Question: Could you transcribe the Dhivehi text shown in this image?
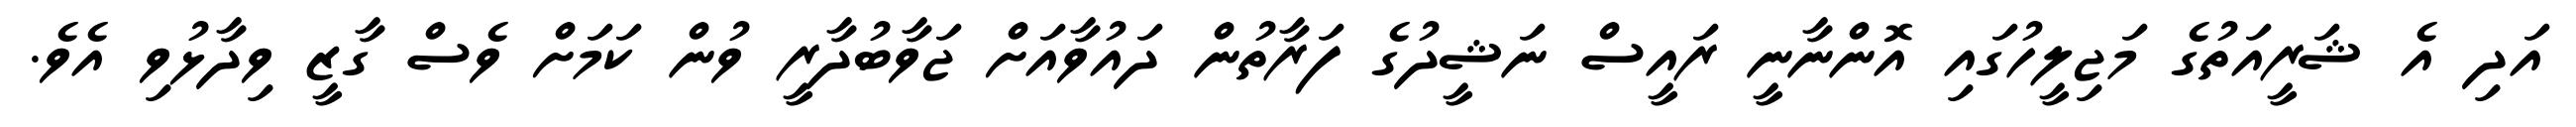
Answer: އަދި އެ ޝަރީއަތުގެ މަޖިލީހުގައި އޮންނާނީ ރައީސް ނަޝީދުގެ ފަރާތުން ދައުވާއަށް ޖަވާބުދާރީ ވުން ކަމަށް ވެސް ގާޒީ ވިދާޅުވި އެވެ.